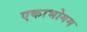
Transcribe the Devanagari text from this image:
एकाभोगम